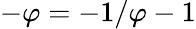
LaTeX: -\varphi=-1/\varphi-1